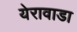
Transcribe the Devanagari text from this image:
येरावाडा